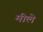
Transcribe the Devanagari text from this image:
मीले